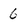
Character: 6